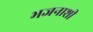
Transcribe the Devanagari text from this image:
भजनाशी